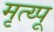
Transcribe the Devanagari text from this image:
मृत्य्पू